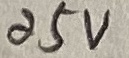
Text: 25V